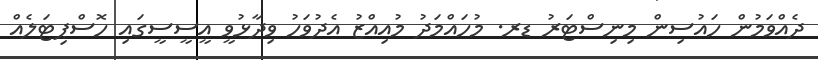
ދެއްވަމުން ހައުސިން މިނިސްޓަރު ޑރ. މުހައްމަދު މުއިއްޒު އެދުވަހު ވިދާޅުވީ އީސީސީގައި ހޮސްޕިޓަލެއް